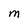
Character: M